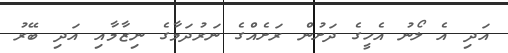
އަދި އެ ލޯނު އެހީގެ ދަށުން ރަށެއްގެ ނަރުދަމާގެ ނިޒާމާއި އަދި ބޭރު